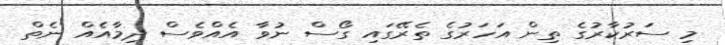
މި ސަރުކާރުގެ ތިން އަހަރުގެ ތެރޭގައި ގޯސް ނުވާ އެއްވެސް ދިމާއެއް ނެތް